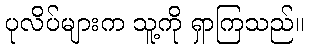
ပုလိပ်များက သူ့ကို ရှာကြသည်။